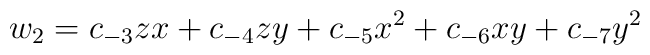
w_{2} = c_{-3} zx + c_{-4} zy + c_{-5} x^2 + c_{-6}xy + c_{-7} y^2